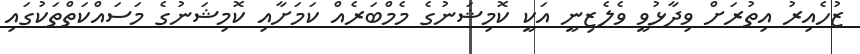
ޒުހެއިރު އިތުރަށް ވިދާޅުވީ ވެލެޒިނީ އަކީ ކޮމިޝަނުގެ މެމްބަރެއް ކަމަށާއި ކޮމިޝަނުގެ މަސައްކަތްތަކުގައި